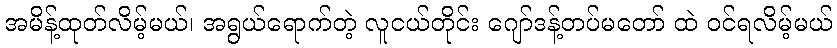
အမိန့်ထုတ်လိမ့်မယ်၊ အရွယ်ရောက်တဲ့ လူငယ်တိုင်း ဂျော်ဒန့်တပ်မတော် ထဲ ဝင်ရလိမ့်မယ်